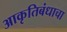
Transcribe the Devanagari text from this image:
आकृतिबंधाचा